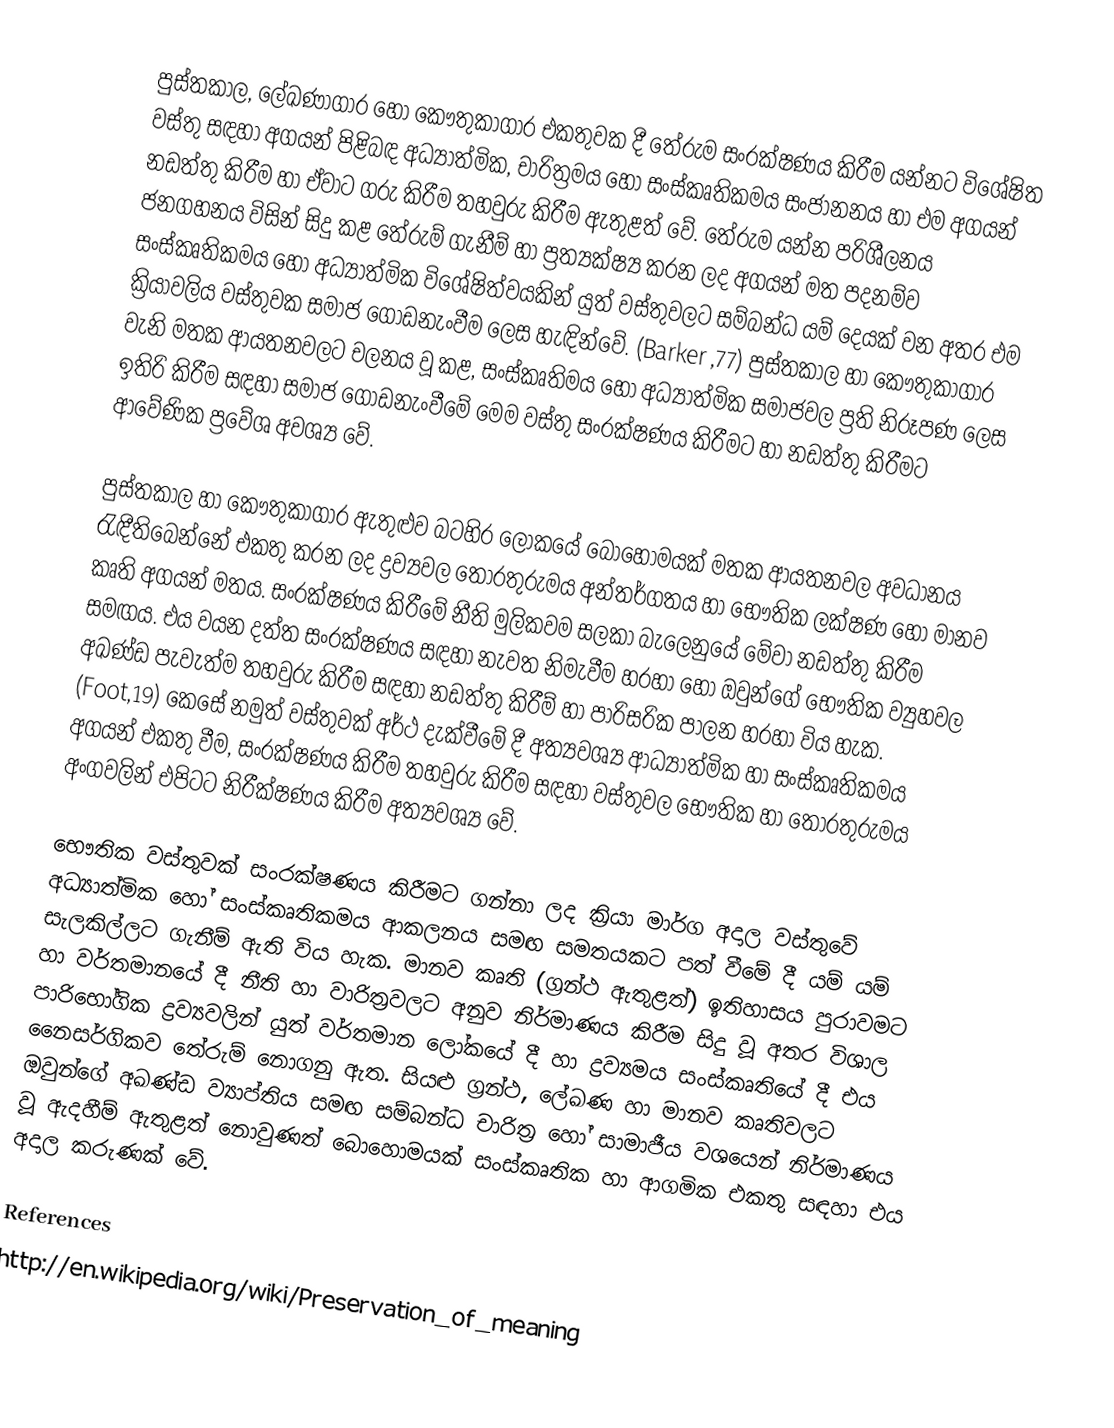
පුස්තකාල, ලේඛණාගාර හෝ කෞතුකාගාර එකතුවක දී තේරුම සංරක්ෂණය කිරීම යන්නට විශේෂිත වස්තු සඳහා අගයන් පිළිබඳ අධ්‍යාත්මික, චාරිත්‍රමය හෝ සංස්කෘතිකමය සංජානනය හා එම අගයන් නඩත්තු කිරීම හා ඒවාට ගරු කිරීම තහවුරු කිරීම ඇතුළත් වේ. තේරුම යන්න පරිශීලනය ජනගහනය විසින් සිදු කළ තේරුම් ගැනීම් හා ප්‍රත්‍යක්ෂ්‍ය කරන ලද අගයන් මත පදනම්ව සංස්කෘතිකමය හෝ අධ්‍යාත්මික විශේෂිත්වයකින් යුත් වස්තුවලට සම්බන්ධ යම් දෙයක් වන අතර එම ක්‍රියාවලිය වස්තුවක සමාජ ගොඩනැංවීම ලෙස හැඳින්වේ. (Barker ,77) පුස්තකාල හා කෞතුකාගාර වැනි මතක ආයතනවලට චලනය වූ කළ, සංස්කෘතිමය හෝ අධ්‍යාත්මික සමාජවල ප්‍රති නිරූපණ ලෙස ඉතිරි කිරීම සඳහා  සමාජ ගොඩනැංවීමේ මෙම වස්තු සංරක්ෂණය කිරීමට හා නඩත්තු කිරීමට ආවේණික ප්‍රවේශ අවශ්‍ය වේ.

පුස්තකාල හා කෞතුකාගාර ඇතුළුව බටහිර ලෝකයේ බොහෝමයක් මතක ආයතනවල අවධානය රැඳී‍තිබෙන්නේ එකතු කරන ලද ද්‍රව්‍යවල තොරතුරුමය අන්තර්ගතය හා භෞතික ලක්ෂණ හෝ මානව කෘති අගයන් මතය. සංරක්ෂණය කිරීමේ නීති මුලිකවම සලකා බැලෙනුයේ මේවා නඩත්තු කිරීම සමඟය. එය වයන දත්ත සංරක්ෂණය සඳහා නැවත නිමැවීම හරහා හෝ ඔවුන්ගේ භෞතික ව්‍යුහවල අඛණ්ඩ පැවැත්ම තහවුරු කිරීම සඳහා නඩත්තු කිරීම් හා පාරිසරික පාලන හරහා විය හැක. (Foot,19) කෙසේ නමුත් වස්තුවක් අර්ථ දැක්වීමේ දී අත්‍යවශ්‍ය ආධ්‍යාත්මික හා සංස්කෘතිකමය අගයන් එකතු වීම, සංරක්ෂණය කිරීම ‍තහවුරු කිරීම සඳහා වස්තුවල භෞතික හා තොරතුරුමය අංගවලින් එපිටට නිරීක්ෂණය කිරීම අත්‍යවශ්‍ය වේ.

භෞතික වස්තුවක් සංරක්ෂණය කිරීමට ගන්නා ලද ක්‍රියා මාර්ග අදාල වස්තුවේ අධ්‍යාත්මික හෝ සංස්කෘතිකමය ආකලනය සමඟ සමතයකට පත් වීමේ දී යම් යම් සැලකිල්ලට ගැනීම් ඇති විය හැක. මානව කෘති (ග්‍රන්ථ ඇතුළත්) ඉතිහාසය පුරාවමට හා වර්තමානයේ දී නීති හා වාරිත්‍රවලට අනුව නිර්මාණය කිරීම සිදු වූ අතර විශාල පාරිභෝගික ද්‍රව්‍යවලින් යුත් වර්තමාන ලෝකයේ දී හා ද්‍රව්‍යමය සංස්කෘතියේ දී එය නෛසර්ගිකව තේරුම් නොගනු ඇත. සියළු ග්‍රන්ථ, ලේඛණ හා මානව කෘතිවලට ඔවුන්ගේ අඛණ්ඩ ව්‍යාප්තිය සමඟ සම්බන්ධ චාරිත්‍ර හෝ සාමාජීය වශයෙන් නිර්මාණය වූ ඇදහීම් ඇතුළත් නොවුණත් බොහොමයක් සංස්කෘතික හා ආගමික එකතු සඳහා එය අදාල කරුණක් වේ.

References
http://en.wikipedia.org/wiki/Preservation_of_meaning